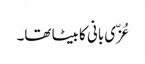
عُزّی بانی کا بیٹا تھا۔